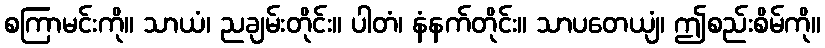
စကြာမင်းကို။ သာယံ၊ ညချမ်းတိုင်း။ ပါတံ၊ နံနက်တိုင်း။ သာပတေယျံ၊ ဤစည်းစိမ်ကို။